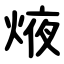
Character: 焲